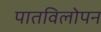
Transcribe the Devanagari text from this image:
पातविलोपन